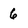
Character: 6